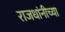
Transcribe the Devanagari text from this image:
राजधांनीच्या